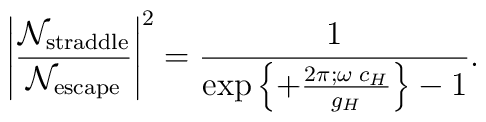
\left|{ {\cal N}_{\mathrm{straddle}}\over {\cal N}_{\mathrm{escape}}} \right|^2  ={1\over {\exp\left\{ +{2\pi;\omega\; c_H\over g_H}\right\}} - 1 }.